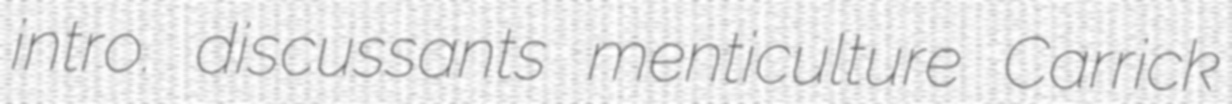
intro. discussants menticulture Carrick